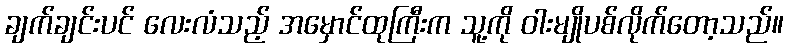
ချက်ချင်းပင် လေးလံသည့် အမှောင်ထုကြီးက သူ့ကို ဝါးမျိုပစ်လိုက်တော့သည်။